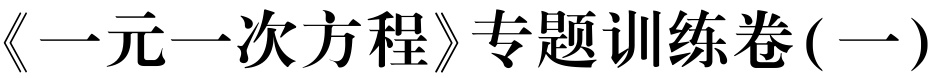
《一元一次方程》专题训练卷(一)